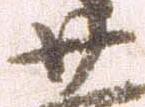
廿